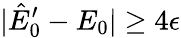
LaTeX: |\hat{E}_{0}^{\prime}-E_{0}|\geq 4\epsilon